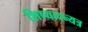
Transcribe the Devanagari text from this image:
शिष्यादन्यत्र